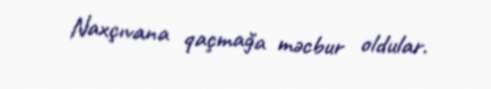
Naxçıvana qaçmağa məcbur oldular.